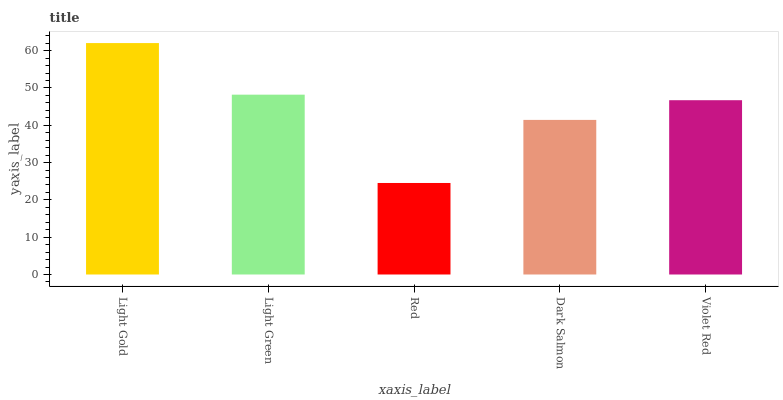
| xaxis_label | bars |
 | --- | --- |
 | Light Gold | 62 |
 | Light Green | 48.2 |
 | Red | 24.5 |
 | Dark Salmon | 41.4 |
 | Violet Red | 46.7 |